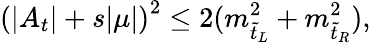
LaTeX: \left(|A_{t}|+s|\mu|\right)^{2}\leq 2(m_{\tilde{t}_{L}}^{2}+m_{\tilde{t}_{R}}^{2}),